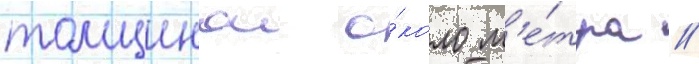
толщинои о́коло м'е́тра //